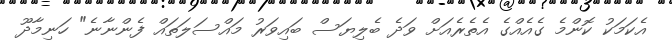
އެކަމަކު ކޮންމެ ގެއެއްގެ އެތެރެއަށް ވަދެ ބެލިޔަސް ބައިވަރު މައްސަލަތައް ފެންނާނެ" ހަނިމާދޫ